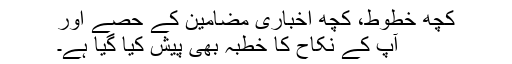
کچھ خطوط، کچھ اخباری مضامین کے حصے اور
آپ کے نکاح کا خطبہ بھی پیش کیا گیا ہے۔